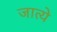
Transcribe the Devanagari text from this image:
जात्ये